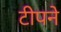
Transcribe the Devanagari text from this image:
टीपने